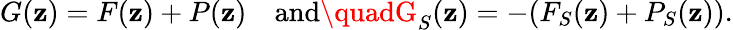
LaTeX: G(\mathbf{z})=F(\mathbf{z})+P(\mathbf{z})\quad\mathrm{{and}}\quadG_{S}(\mathbf{z})=-(F_{S}(\mathbf{z})+P_{S}(\mathbf{z})).